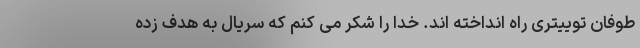
طوفان توییتری راه انداخته اند. خدا را شکر می کنم که سریال به هدف زده